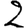
Digit: 2